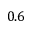
0 . 6